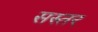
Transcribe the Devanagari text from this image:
सस्तर